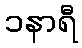
၁နာရီ